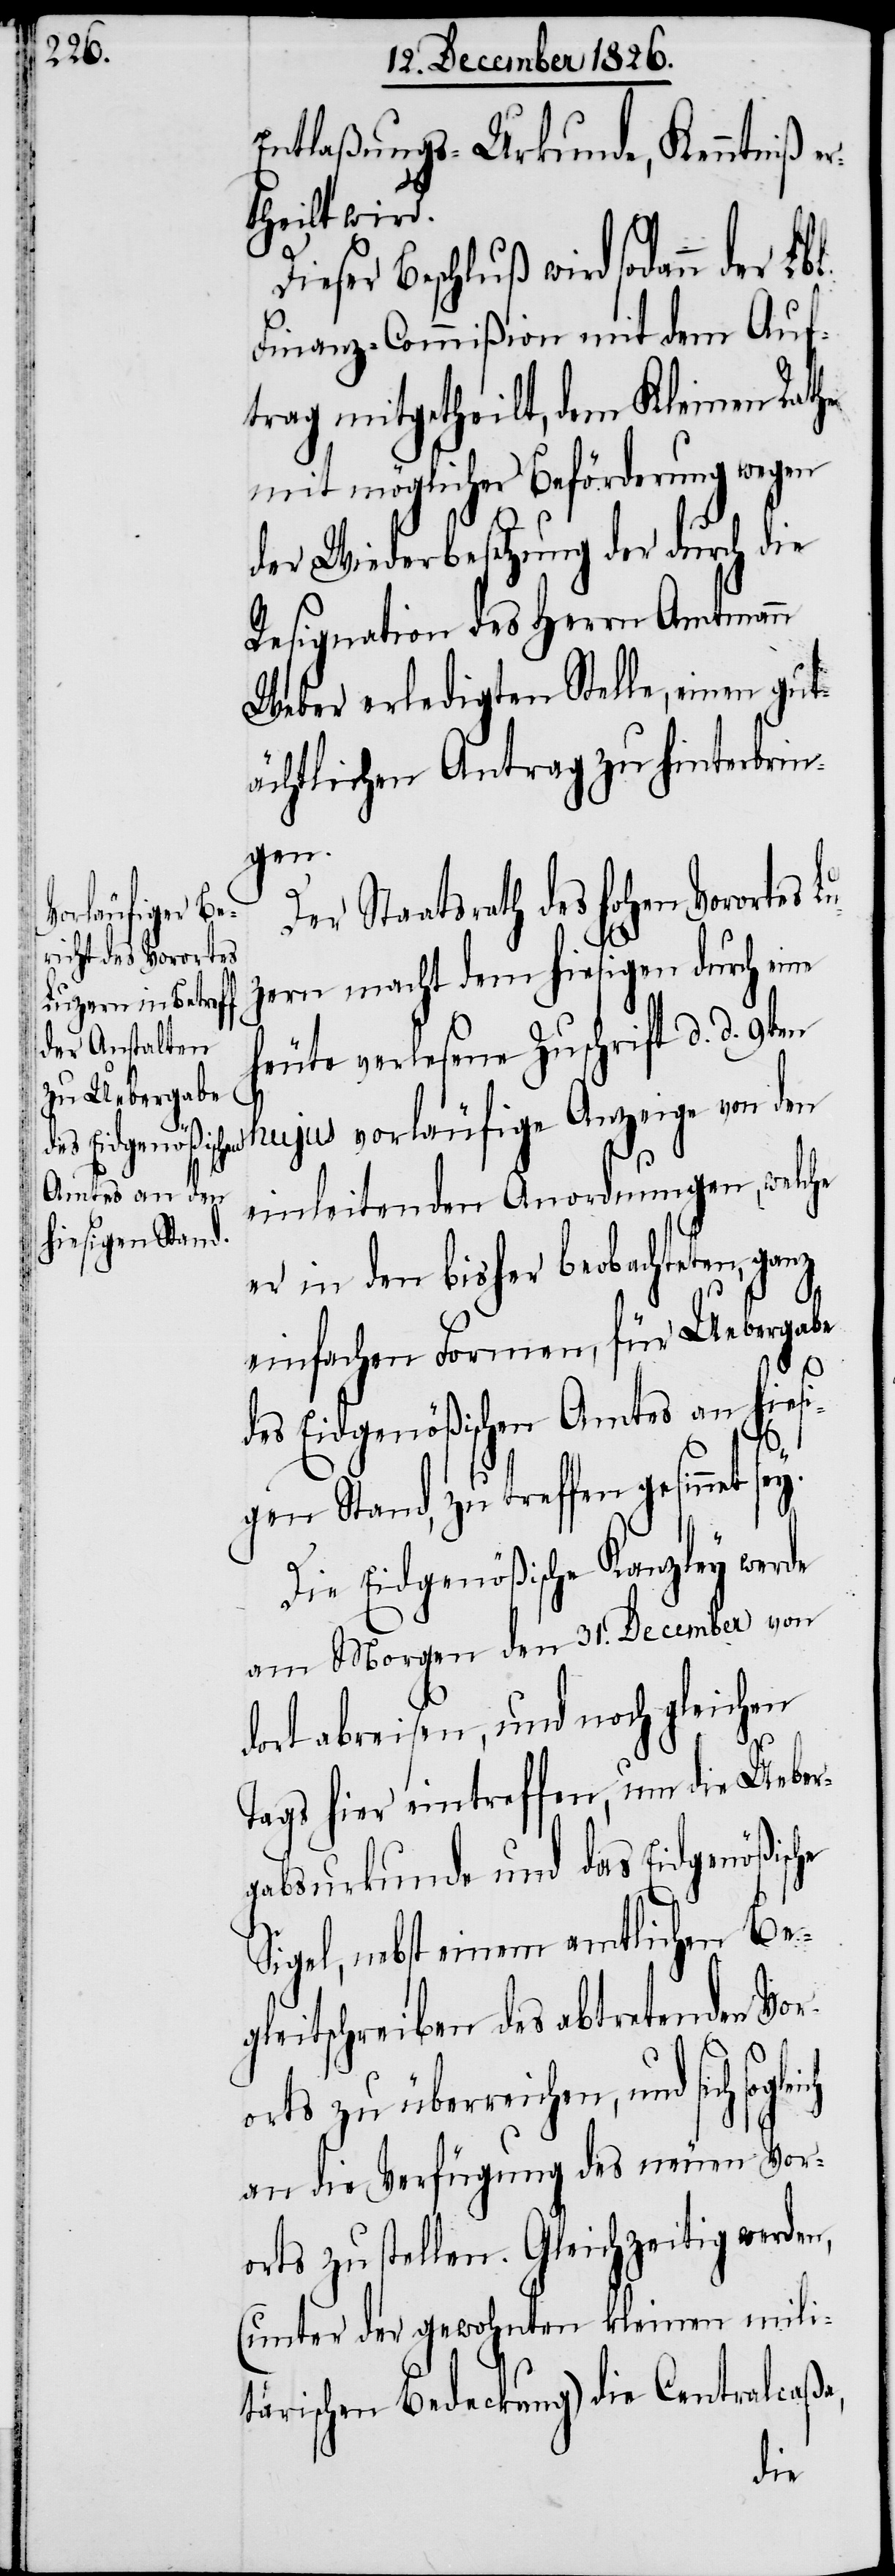
Entlaßungs-Urkunde, Kenntniß e¬
rtheilt wird.
Dieser Beschluß wird sodann der
Finanz-Commißion mit dem Auf¬
trag mitgetheilt, dem Kleinen Rathe
mit möglichster Beförderung wegen
der Wiederbesetzung der durch die
Resignation des Herrn Amtmann
Weber erledigten Stelle, einen gut¬
ächtlichen Antrag zu hinterbrin¬
gen.
Der Staatsrath des hohen Vorortes L¬
uzern macht dem hiesigen durch eine
heute verlesene Zuschrift d. d.
9ten hujus vorläufige Anzeige von den
einleitenden Anordnungen, welche
er in den bisher beobachteten, ganz
einfachen Formen, für Uebergabe
des Eidgenößischen Amtes an hies¬
igen Stand, zu treffen gesinnet sey.
Die Eidgenößische Kanzley werde
am Morgen den 31. December von
dort abreisen, und noch gleichen
Tags hier eintreffen, um die Ueber¬
gabsurkunde und das Eidgenößische
Sigel, nebst einem amtlichen Be¬
gleitschreiben des abtretenden Vor¬
orts zu überreichen, und sich
an die Verfügung des neuen Vor¬
orts zu stellen. Gleichzeitig werden,
(unter der gewohnten kleinen mili¬
tärischen Bedeckung) die Centralcaßa,